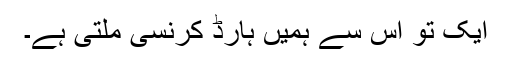
ایک تو اس سے ہمیں ہارڈ کرنسی ملتی ہے۔